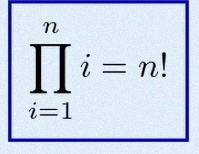
\prod_{i=1}^{n}i=n!